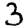
Digit: 3